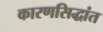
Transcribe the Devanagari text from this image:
कारणसिद्धांत